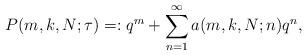
LaTeX: \begin{align*}P(m,k,N;\tau)=:q^{m}+\sum_{n=1}^{\infty} a(m,k,N;n)q^n,\end{align*}